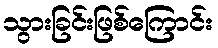
သွားခြင်းဖြစ်ကြောင်း